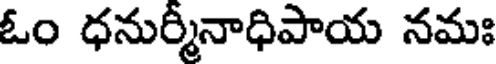
ఓం ధనుర్మీనాధిపాయ నమః